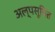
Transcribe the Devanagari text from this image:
अल्पसूचित